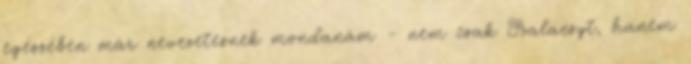
egészében már nevezetesnek mondanám - nem csak Szalacsyt, hanem